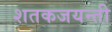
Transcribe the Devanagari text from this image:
शतकजयन्ती